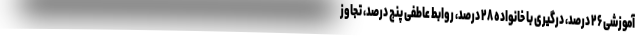
آموزشی ۲۶ درصد، درگیری با خانواده ۲۸ درصد، روابط عاطفی پنج درصد، تجاوز